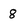
Character: 8